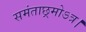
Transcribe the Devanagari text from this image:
समंताछ्रमोऽत्र।